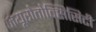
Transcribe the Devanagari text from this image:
नयूरोतोक्सिसिटी